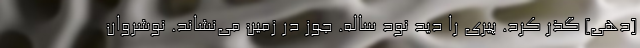
[دهی] گذر کرد. پیری را دید نود ساله. جوز در زمین می‌نشاند. نوشِروان